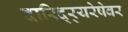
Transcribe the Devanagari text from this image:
दारिद्र्‍यरेषेवर